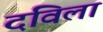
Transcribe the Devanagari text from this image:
दविला